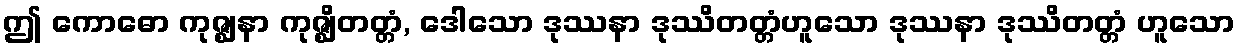
ဤ ကောဓော ကုဇ္ဈနာ ကုဇ္ဈိတတ္တံ, ဒေါသော ဒုဿနာ ဒုဿိတတ္တံဟူသော ဒုဿနာ ဒုဿိတတ္တံ ဟူသော